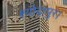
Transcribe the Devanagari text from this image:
श्योदापुर।